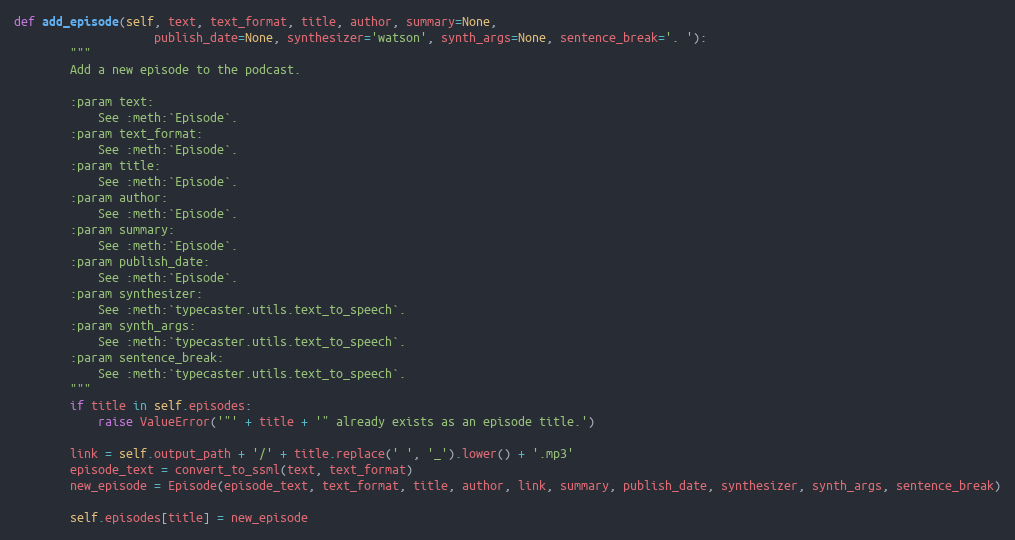
Language: Python
def add_episode(self, text, text_format, title, author, summary=None,
                    publish_date=None, synthesizer='watson', synth_args=None, sentence_break='. '):
        """
        Add a new episode to the podcast.

        :param text:
            See :meth:`Episode`.
        :param text_format:
            See :meth:`Episode`.
        :param title:
            See :meth:`Episode`.
        :param author:
            See :meth:`Episode`.
        :param summary:
            See :meth:`Episode`.
        :param publish_date:
            See :meth:`Episode`.
        :param synthesizer:
            See :meth:`typecaster.utils.text_to_speech`.
        :param synth_args:
            See :meth:`typecaster.utils.text_to_speech`.
        :param sentence_break:
            See :meth:`typecaster.utils.text_to_speech`.
        """
        if title in self.episodes:
            raise ValueError('"' + title + '" already exists as an episode title.')

        link = self.output_path + '/' + title.replace(' ', '_').lower() + '.mp3'
        episode_text = convert_to_ssml(text, text_format)
        new_episode = Episode(episode_text, text_format, title, author, link, summary, publish_date, synthesizer, synth_args, sentence_break)

        self.episodes[title] = new_episode